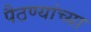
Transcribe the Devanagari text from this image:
पैठण्यांच्या